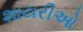
શાયરીઓ